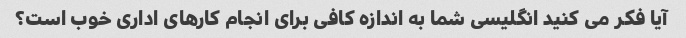
آیا فکر می کنید انگلیسی شما به اندازه کافی برای انجام کارهای اداری خوب است؟